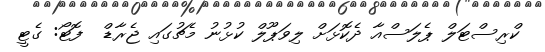
ކްރިސްޓަލް ޕެލަސްއާ ދެކޮޅަށް ލިވަޕޫލް ކުޅުނު މެޗުގައި ޖެރާޑް  ފޮޓޯ: ގެޓީ